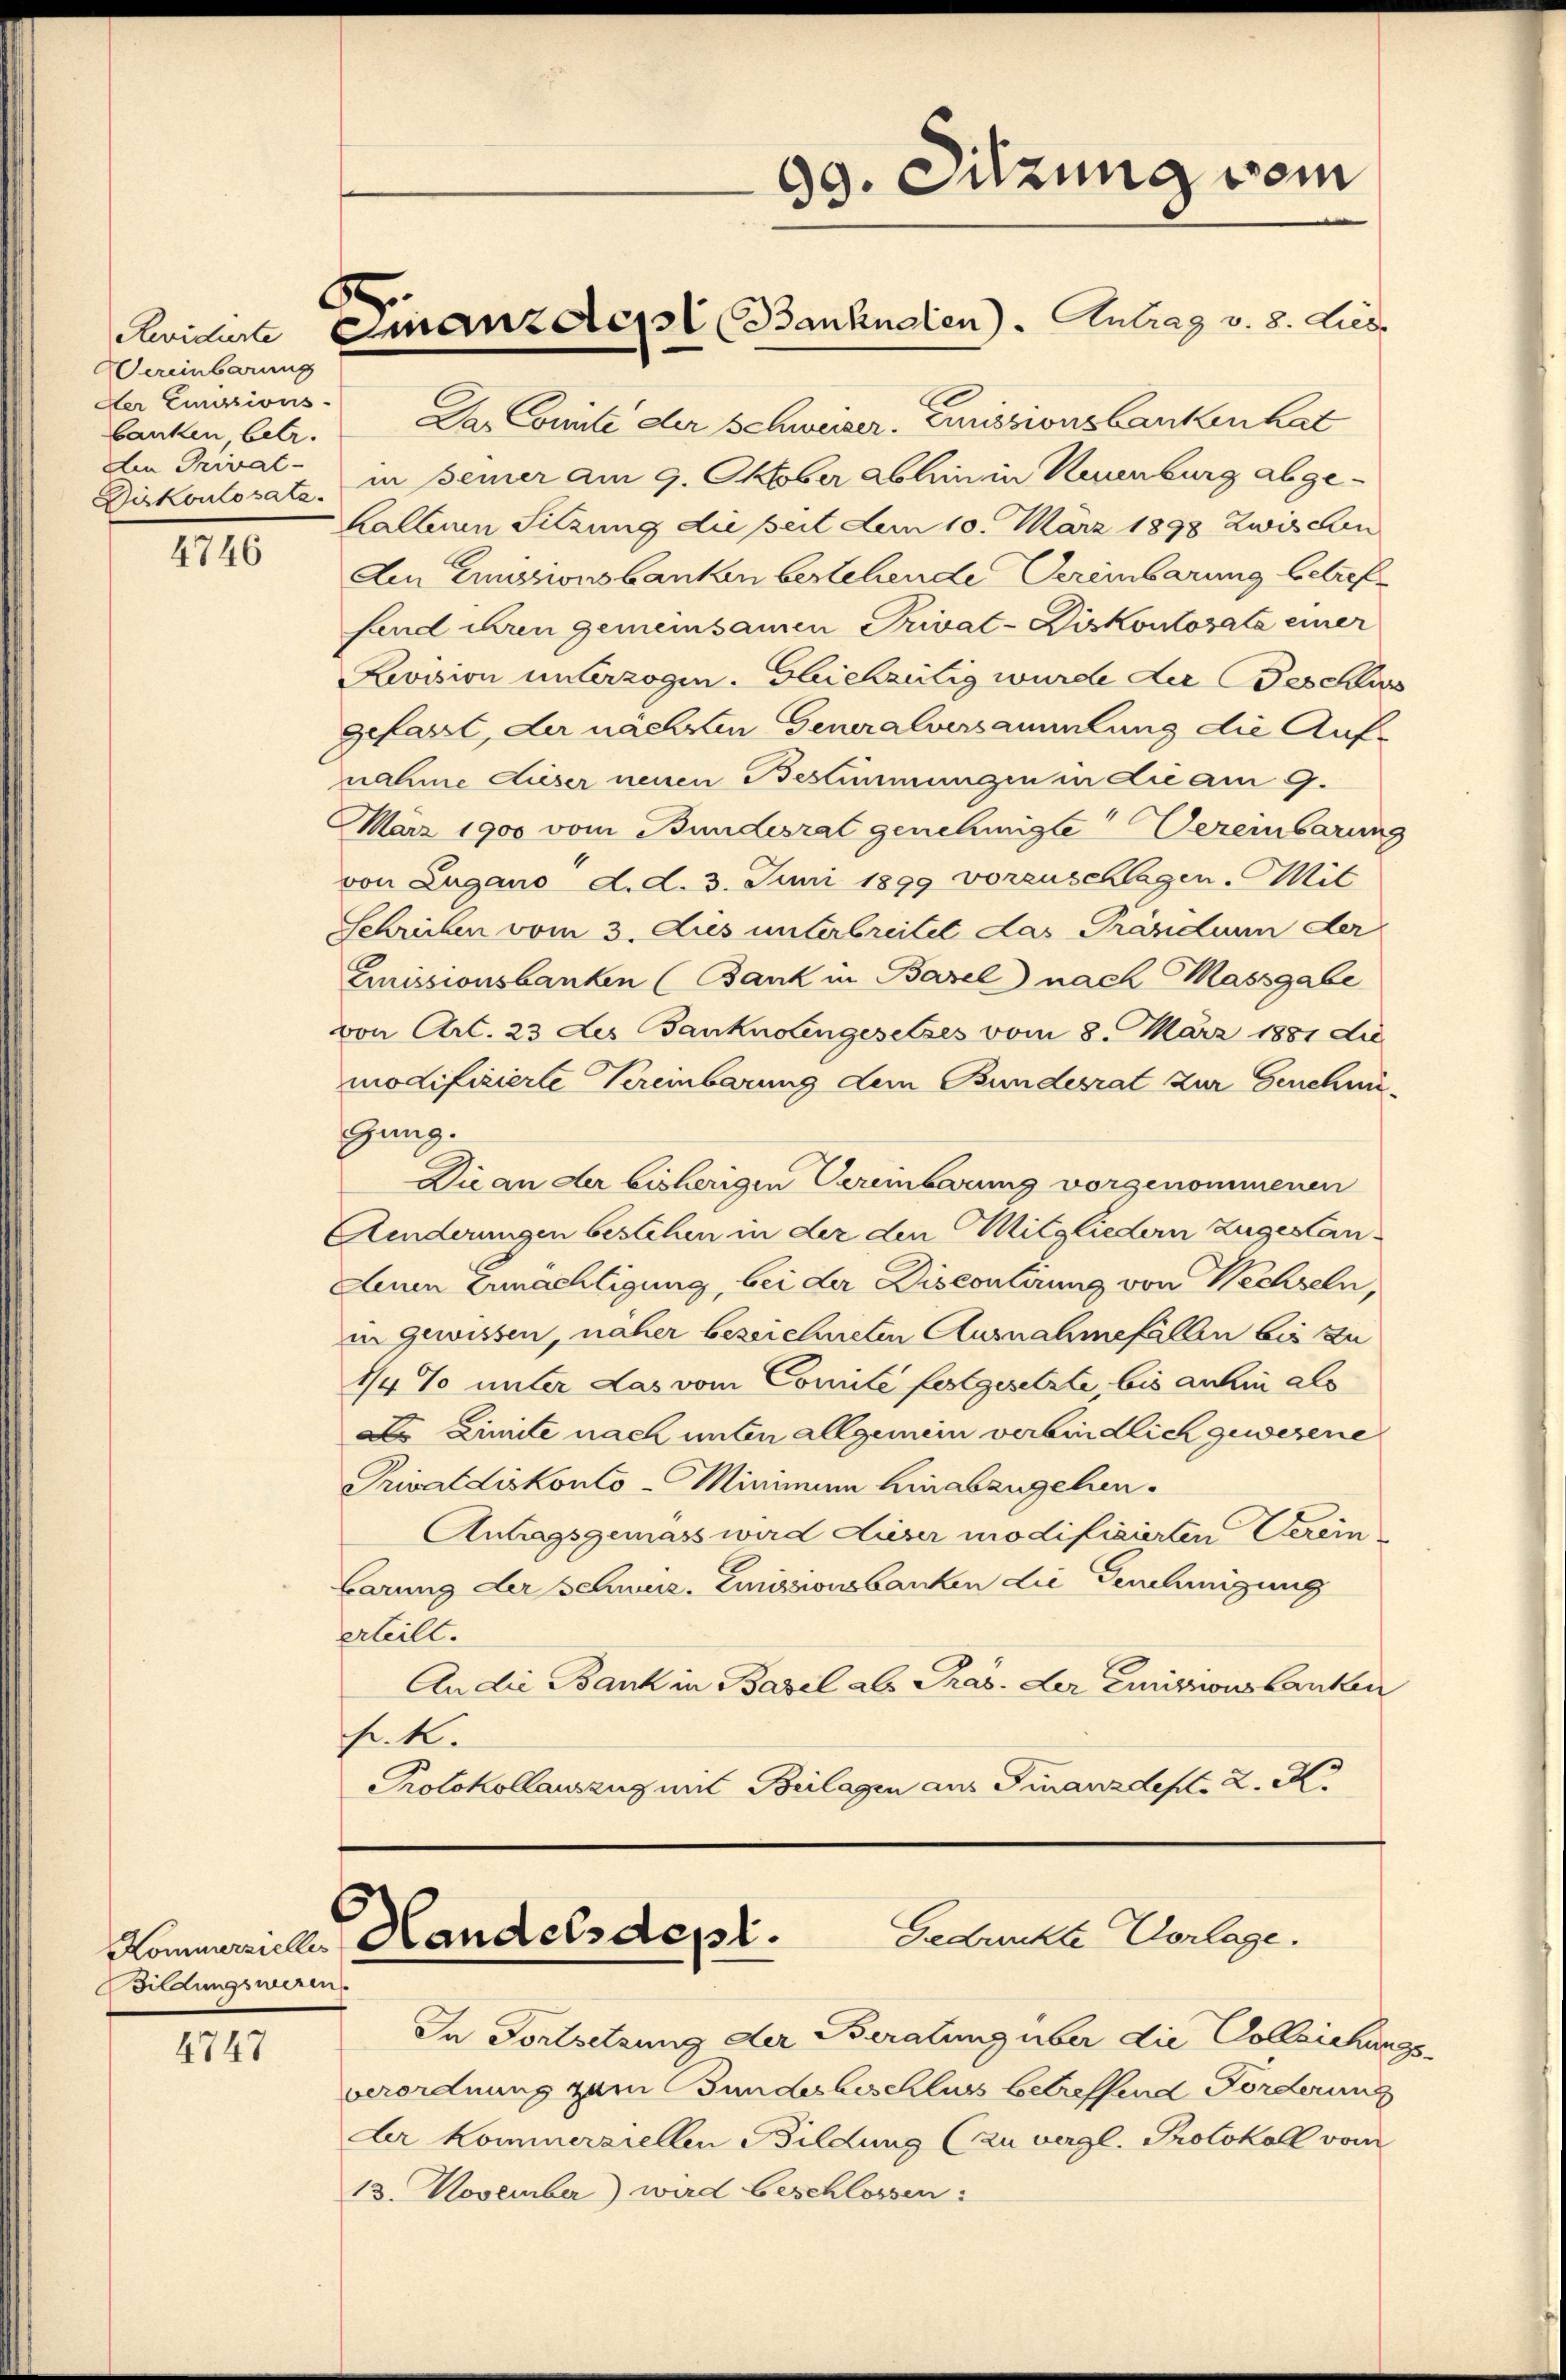
4746

4747

Wereinbarung
Der Eussions-
banken betr.
Ain Privat-
Diskontosatz.

Das Comite der Schweizer. Emissionsbankenhat
in Bemer am 9. Oktober abhin in Runnburg abge¬
Kaltern Sitzung die seit dem 10. März 1898 zwischen
Aen Emissionsbanken bestehende Vereinbarung betreffand ihren gemeinsamen Privat-Diskontosata einer
Revision unterzogen. Gleichzeitig wurde der Beschus
gefasst, der nächsten Generalversammlung die Aufnahme dieser neuen Bestimmungen in die am 9.
März 1900 vom Bundesrat genehmigte Vereinbarung
von Lugano d. d. 3. Juni 1899 vorzuschlagen. Mit
Schreiben vom 3. Dies unterbreitet das Präsidium der
Emissionsbanken (Bank in Basel nach Massgabe
von Art. 23 des Banknotengesetzes vom 8. März 1881 die
modifizierte Vereinbarung dem Bundesrat zur Genehmi
gung.
Die an der bisherigen Vereinbarung vorgenommenen
Anderungen bestehen in der den Mitgliedern zugestan¬
Denen Ermächtigung, bei der Discontirung von Wechseln,
in gewissen, näher bezeichneten Ausnahmefallen bis zu
1/4 % unter das vom Comite festgesetzte, bis anhin als
De Limite nach unter allgemein verbindlich gewesene
Privatdiskonto-Minimum hinabzugehen.
Antragsgemass wird dieser modifizierten Verein-
barung der schweiz. Emissionsbanken die Genehmigung
erteilt.
An die Bank in Basel als Pras. der Emissionsbanken
fr. k.
Protokollauszug mit Beilagen aus Finanzdept: 2. Ki

Bildungsweren.

F
Svide Emanz desst Banknalen - Antrag v. 8. Lieb

99. Sitzung vom

Gedruckte Vorlage.
Kommernde Handelsdept.

In Fortsetzung der Beratung über die Vollziehungsverordnung zum Bundesbeschluss betreffend Forderung
Dr Kommerziellen Bildung (zu vergl. Protokoll vom
13. November) wird beschlossen: